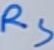
Text: RS